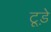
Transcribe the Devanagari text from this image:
टूड़े